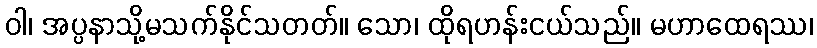
ဝါ၊ အပ္ပနာသို့မသက်နိုင်သတတ်။ သော၊ ထိုရဟန်းငယ်သည်။ မဟာထေရဿ၊